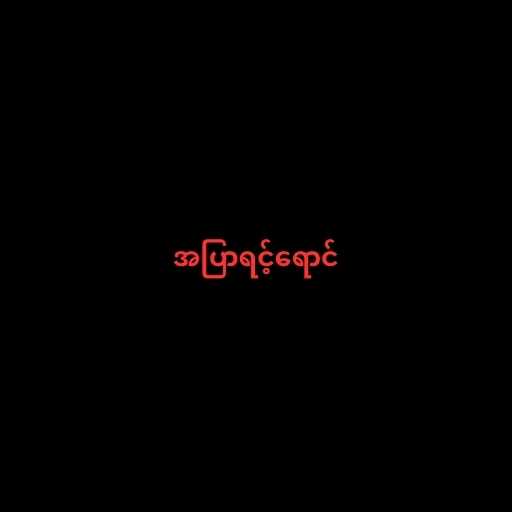
အပြာရင့်ရောင်